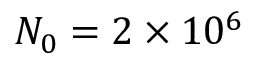
N _ { 0 } = 2 \times 1 0 ^ { 6 }